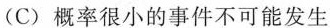
(C)概率很小的事件不可能发生